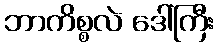
ဘာကိစ္စလဲ ဒေါ်ကြီး